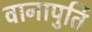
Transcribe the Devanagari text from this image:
वानापुर्ति